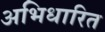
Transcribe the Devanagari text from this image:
अभिधारित